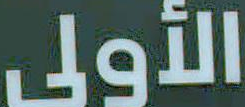
الأولى